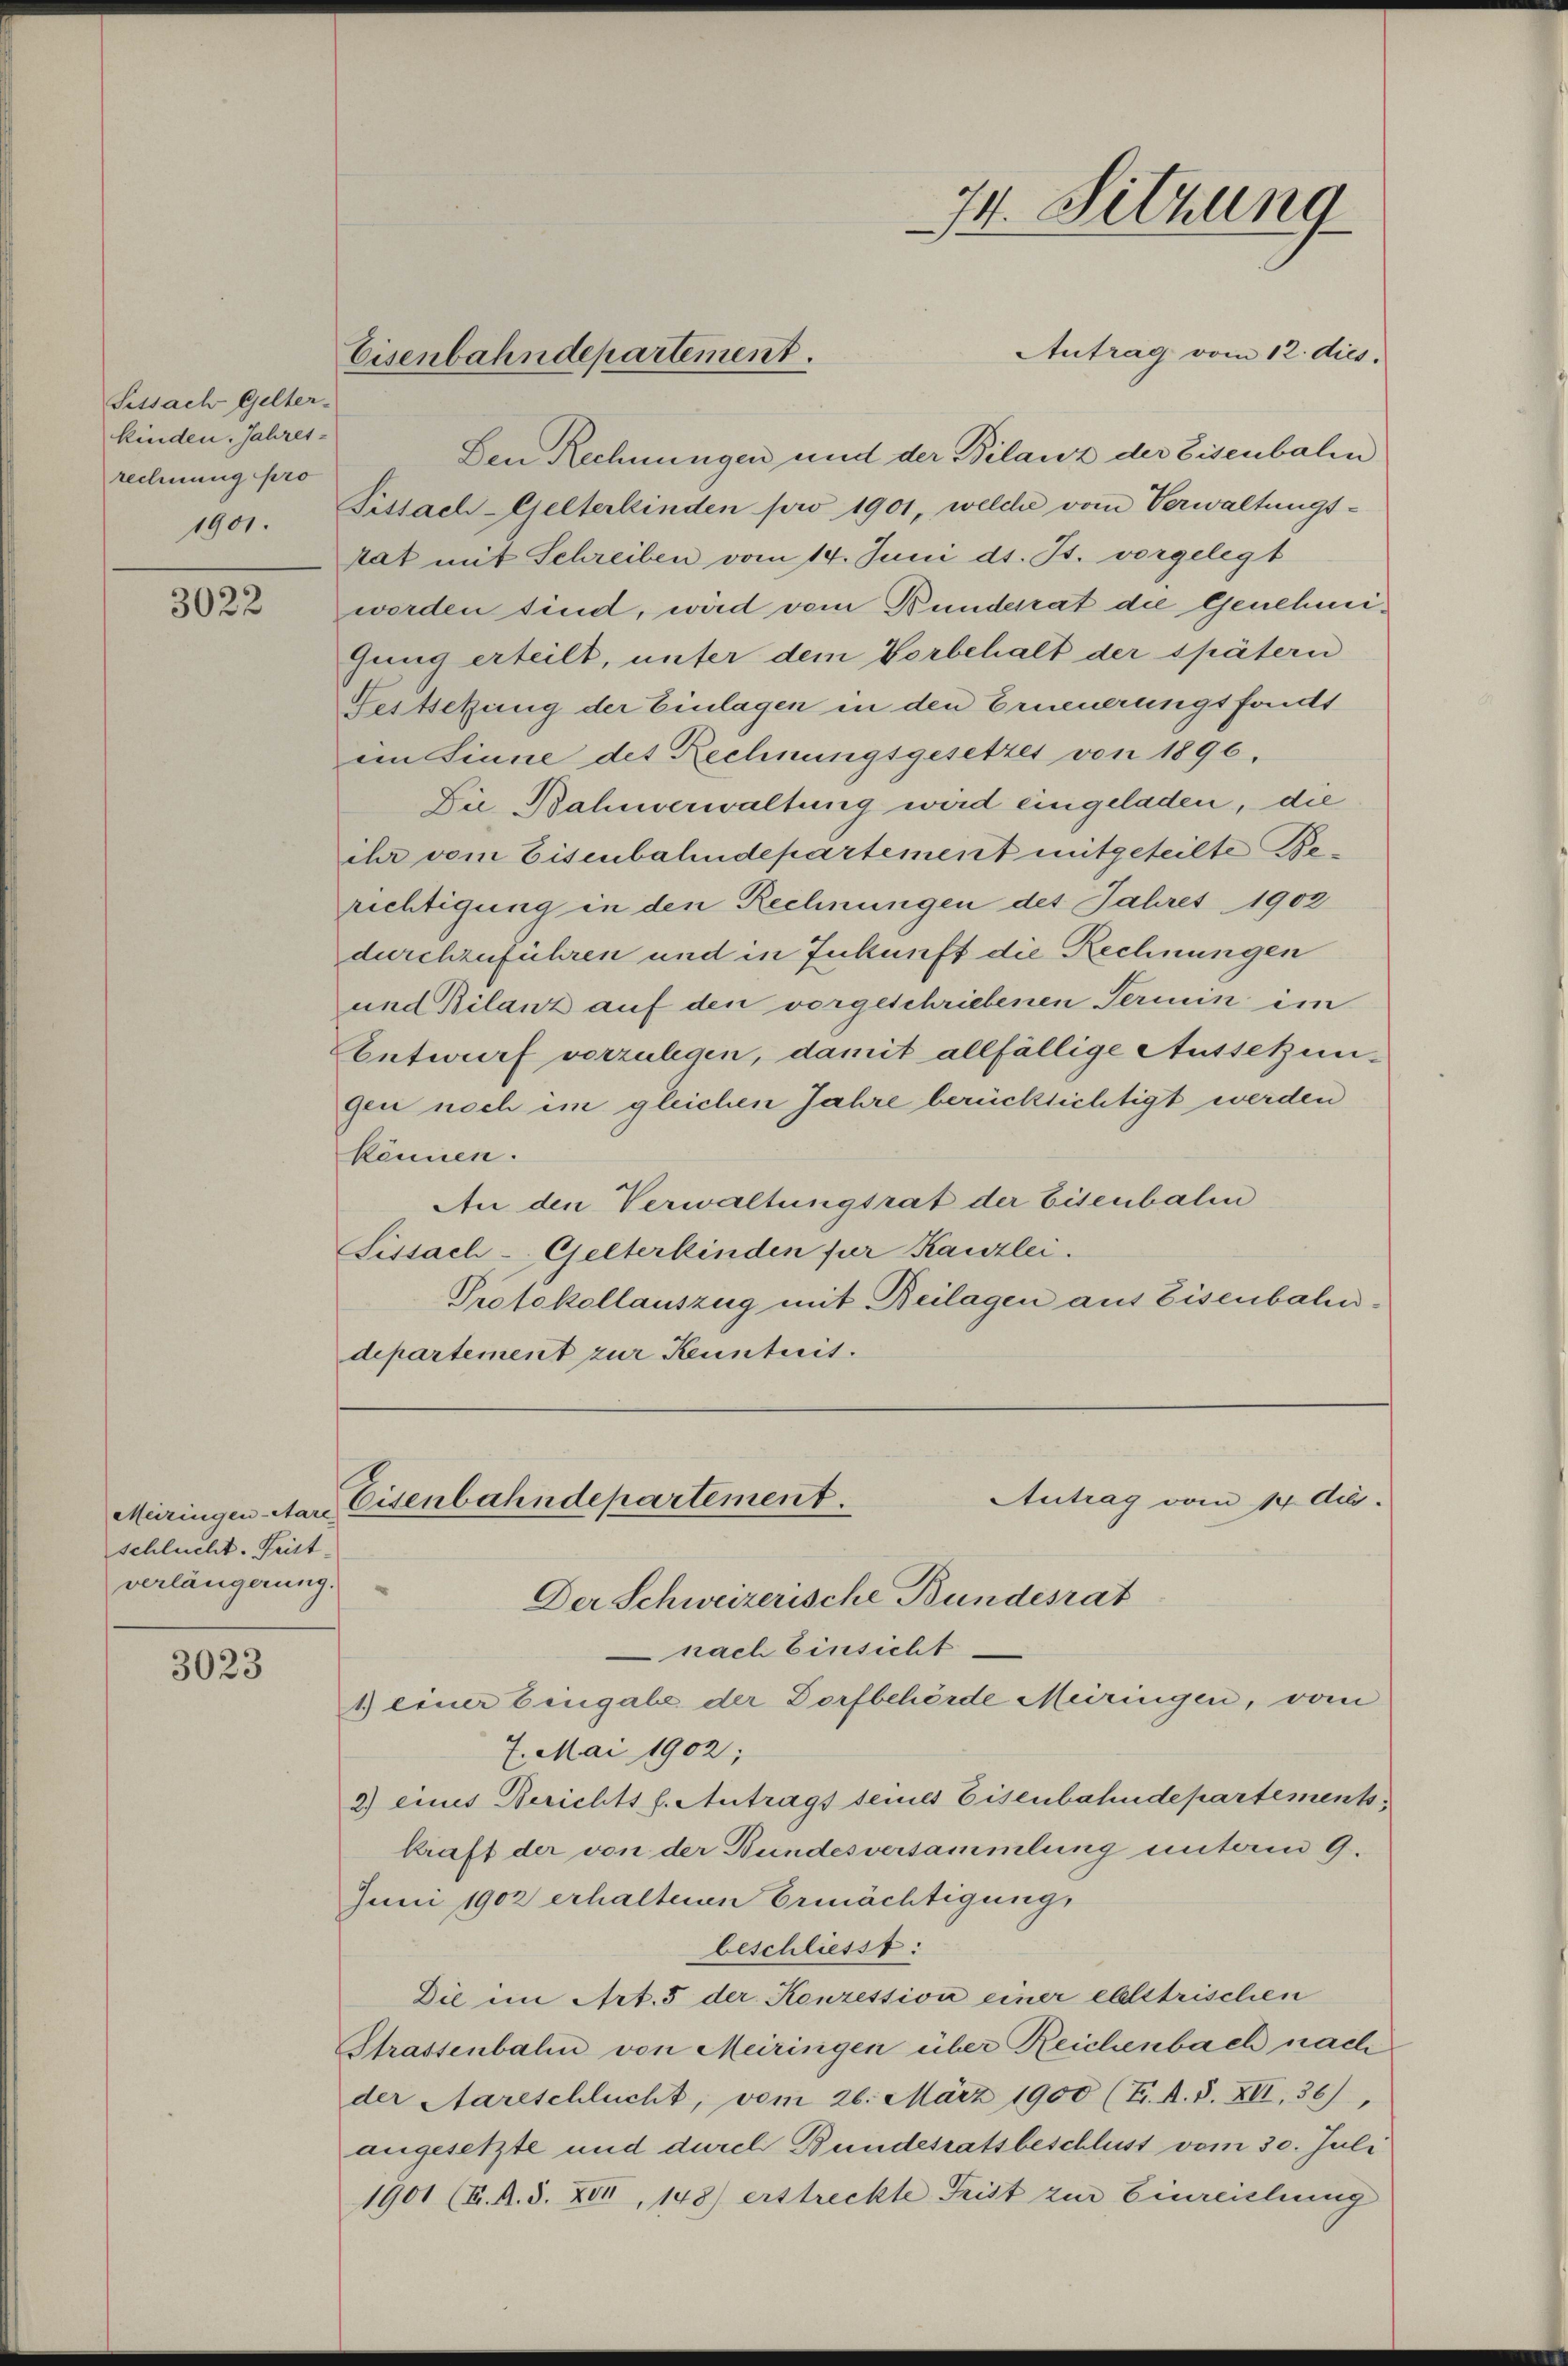
Sissach Gelter-
kinden. Jahres-
rechnung pro
1901.

3022

schlucht. Frist
verlängerung.

3023

Antrag vom 12. dies.
Den Rechnungen und der Bilanz der Eisenbalen
Pitsach Gelterkinden pro 1901, welche vom Verwaltungs-
kat mit Schreiben vom 14. Juni d. Js. vorgelegt
worden sind, wird vom Bunderat die Genehmigung erteilt, unter dem Vorbehalt der spätern
Festsetzung der Einlagen in den Erneuerungsfonds
eim Sinne des Rechnungsgesetzes von 1890.
Die Bahnverwaltung wird eingeladen, die
ihr vom Eisenbahndepartement mitgeteilte Berichtigung in den Rechnungen des Jahres 1902
durchzuführen und in Zukunft die Rechnungen
und Bilanz auf den vorgeschriebenen Termin im
Entwurf vorzulegen, damit allfällige Ausschungen noch im gleichen Jahre berücksichtigt werden
können.
An den Verwaltungsrat der Eisenbalen
Sissach - Gelterkinden für Kanzlei.
Protokollauszug mit Beilagen aus Eisenbaldepartement zur Keunterit.

Eisenbahndepartement.

Antrag vom 14. A.
Meiringen Aare Eisenbahndepartement.
Der Schweizerische Bundesrat

74. Sitzung

nach Einsicht
1) einer Eingabe der Dorfbehörde Meiringen, vom
7. Mai 1902;
2) eines Berichts s. Antrags seines Eisenbahndepartement,
kraft der von der Bundesversammlung unterm 9.
Juni 1902 erhaltenen Ermächtigung,
beschliesst:
Die im Art. 5 der Konzession einer elletrischen
Strassenbahn von Meiringen über Reichenbach nach
der Aareschlucht, vom 26. März 1900 (T. A. S. XII, 36),
angesetzte und durch Bundesratsbeschluss vom 30. Juli
1901 (K. A. S. XII, 148) erstreckte Frist zur Einreichung